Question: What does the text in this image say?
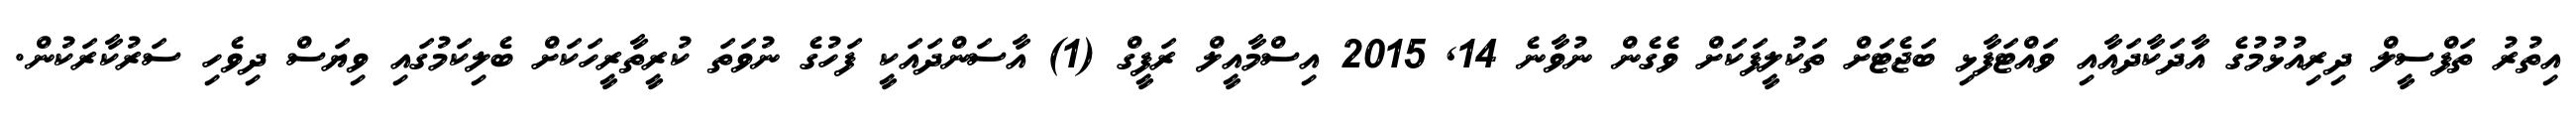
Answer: އިތުރު ތަފްސީލް ދިރިއުޅުމުގެ އާދަކާދައާއި ވައްޓަފާޅި ބަޖެޓަށް ތަކުލީފަކަށް ވެގެން ނުވާނެ 14, 2015 އިސްމާއީލް ރަފީގް (1) އާސަންދައަކީ ފަހުގެ ނުވަތަ ކުރީތާރީހަކަށް ބެލިކަމުގައި ވިޔަސް ދިވެހި ސަރުކާރަކުން.